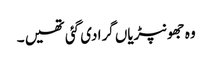
وہ جھونپڑیاں گرا دی گئی تھیں ۔